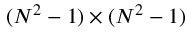
( N ^ { 2 } - 1 ) \times ( N ^ { 2 } - 1 )